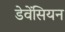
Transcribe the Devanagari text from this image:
डेवेंसियन